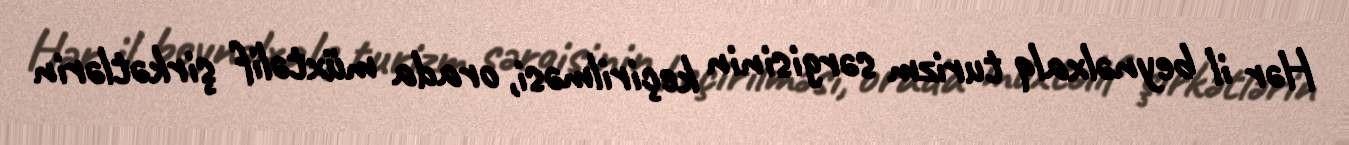
Hər il beynəlxalq turizm sərgisinin keçirilməsi, orada müxtəlif şirkətlərin